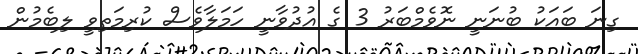
ގިނަ ބައަކު ބުނަނީ ނޮވެމްބަރު 3 ގެ އުދުވާނީ ހަމަލާވެސް ކުރިމަތިވީ ލިބެމުން